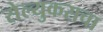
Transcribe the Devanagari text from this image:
सेल्युकसचा